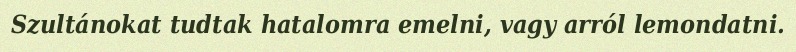
Szultánokat tudtak hatalomra emelni, vagy arról lemondatni.